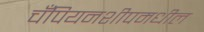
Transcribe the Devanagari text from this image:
चँपियनशीपमधील